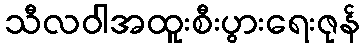
သီလဝါအထူးစီးပွားရေးဇုန်